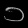
Digit: ၁